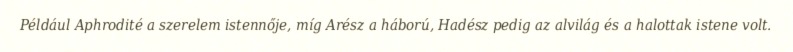
Például Aphrodité a szerelem istennője, míg Arész a háború, Hadész pedig az alvilág és a halottak istene volt.